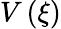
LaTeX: V\left(\xi\right)